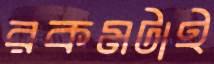
রকমটাই